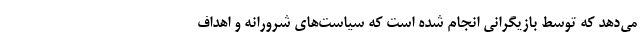
می‌دهد که توسط بازیگرانی انجام شده است که سیاست‌های شرورانه و اهداف